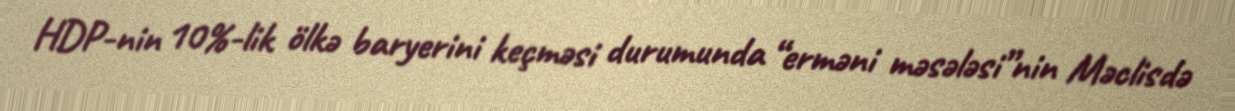
HDP-nin 10%-lik ölkə baryerini keçməsi durumunda “erməni məsələsi”nin Məclisdə